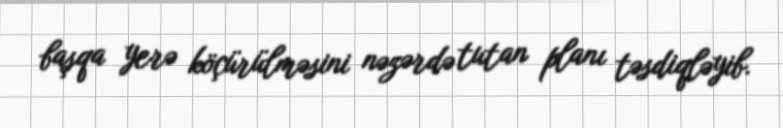
başqa yerə köçürülməsini nəzərdə tutan planı təsdiqləyib.